Source: Computer-generated
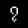
Digit: ၇ (7)